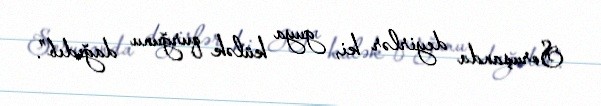
Soruşanda deyirlər ki, guya külək qurğunu dağıdıb”.